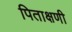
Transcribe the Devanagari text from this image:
पिताक्षणी